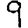
Digit: 9